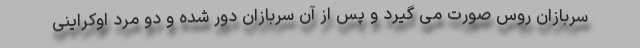
سربازان روس صورت می گیرد و پس از آن سربازان دور شده و دو مرد اوکراینی